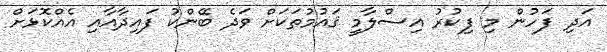
އަދި ފަހުން މި ފިކުރު އިސްލާމީ ޤައުމުތަކަށް ވަދެ ބޭންކު ފައިދާއާއި އެއްކޮޅަށް